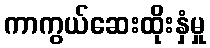
ကာကွယ်ဆေးထိုးနှံမှု